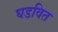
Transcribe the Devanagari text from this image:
घडवित